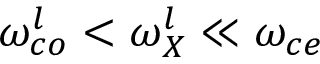
\omega _ { c o } ^ { l } < \omega _ { X } ^ { l } \ll \omega _ { c e }